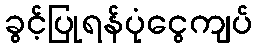
ခွင့်ပြုရန်ပုံငွေကျပ်